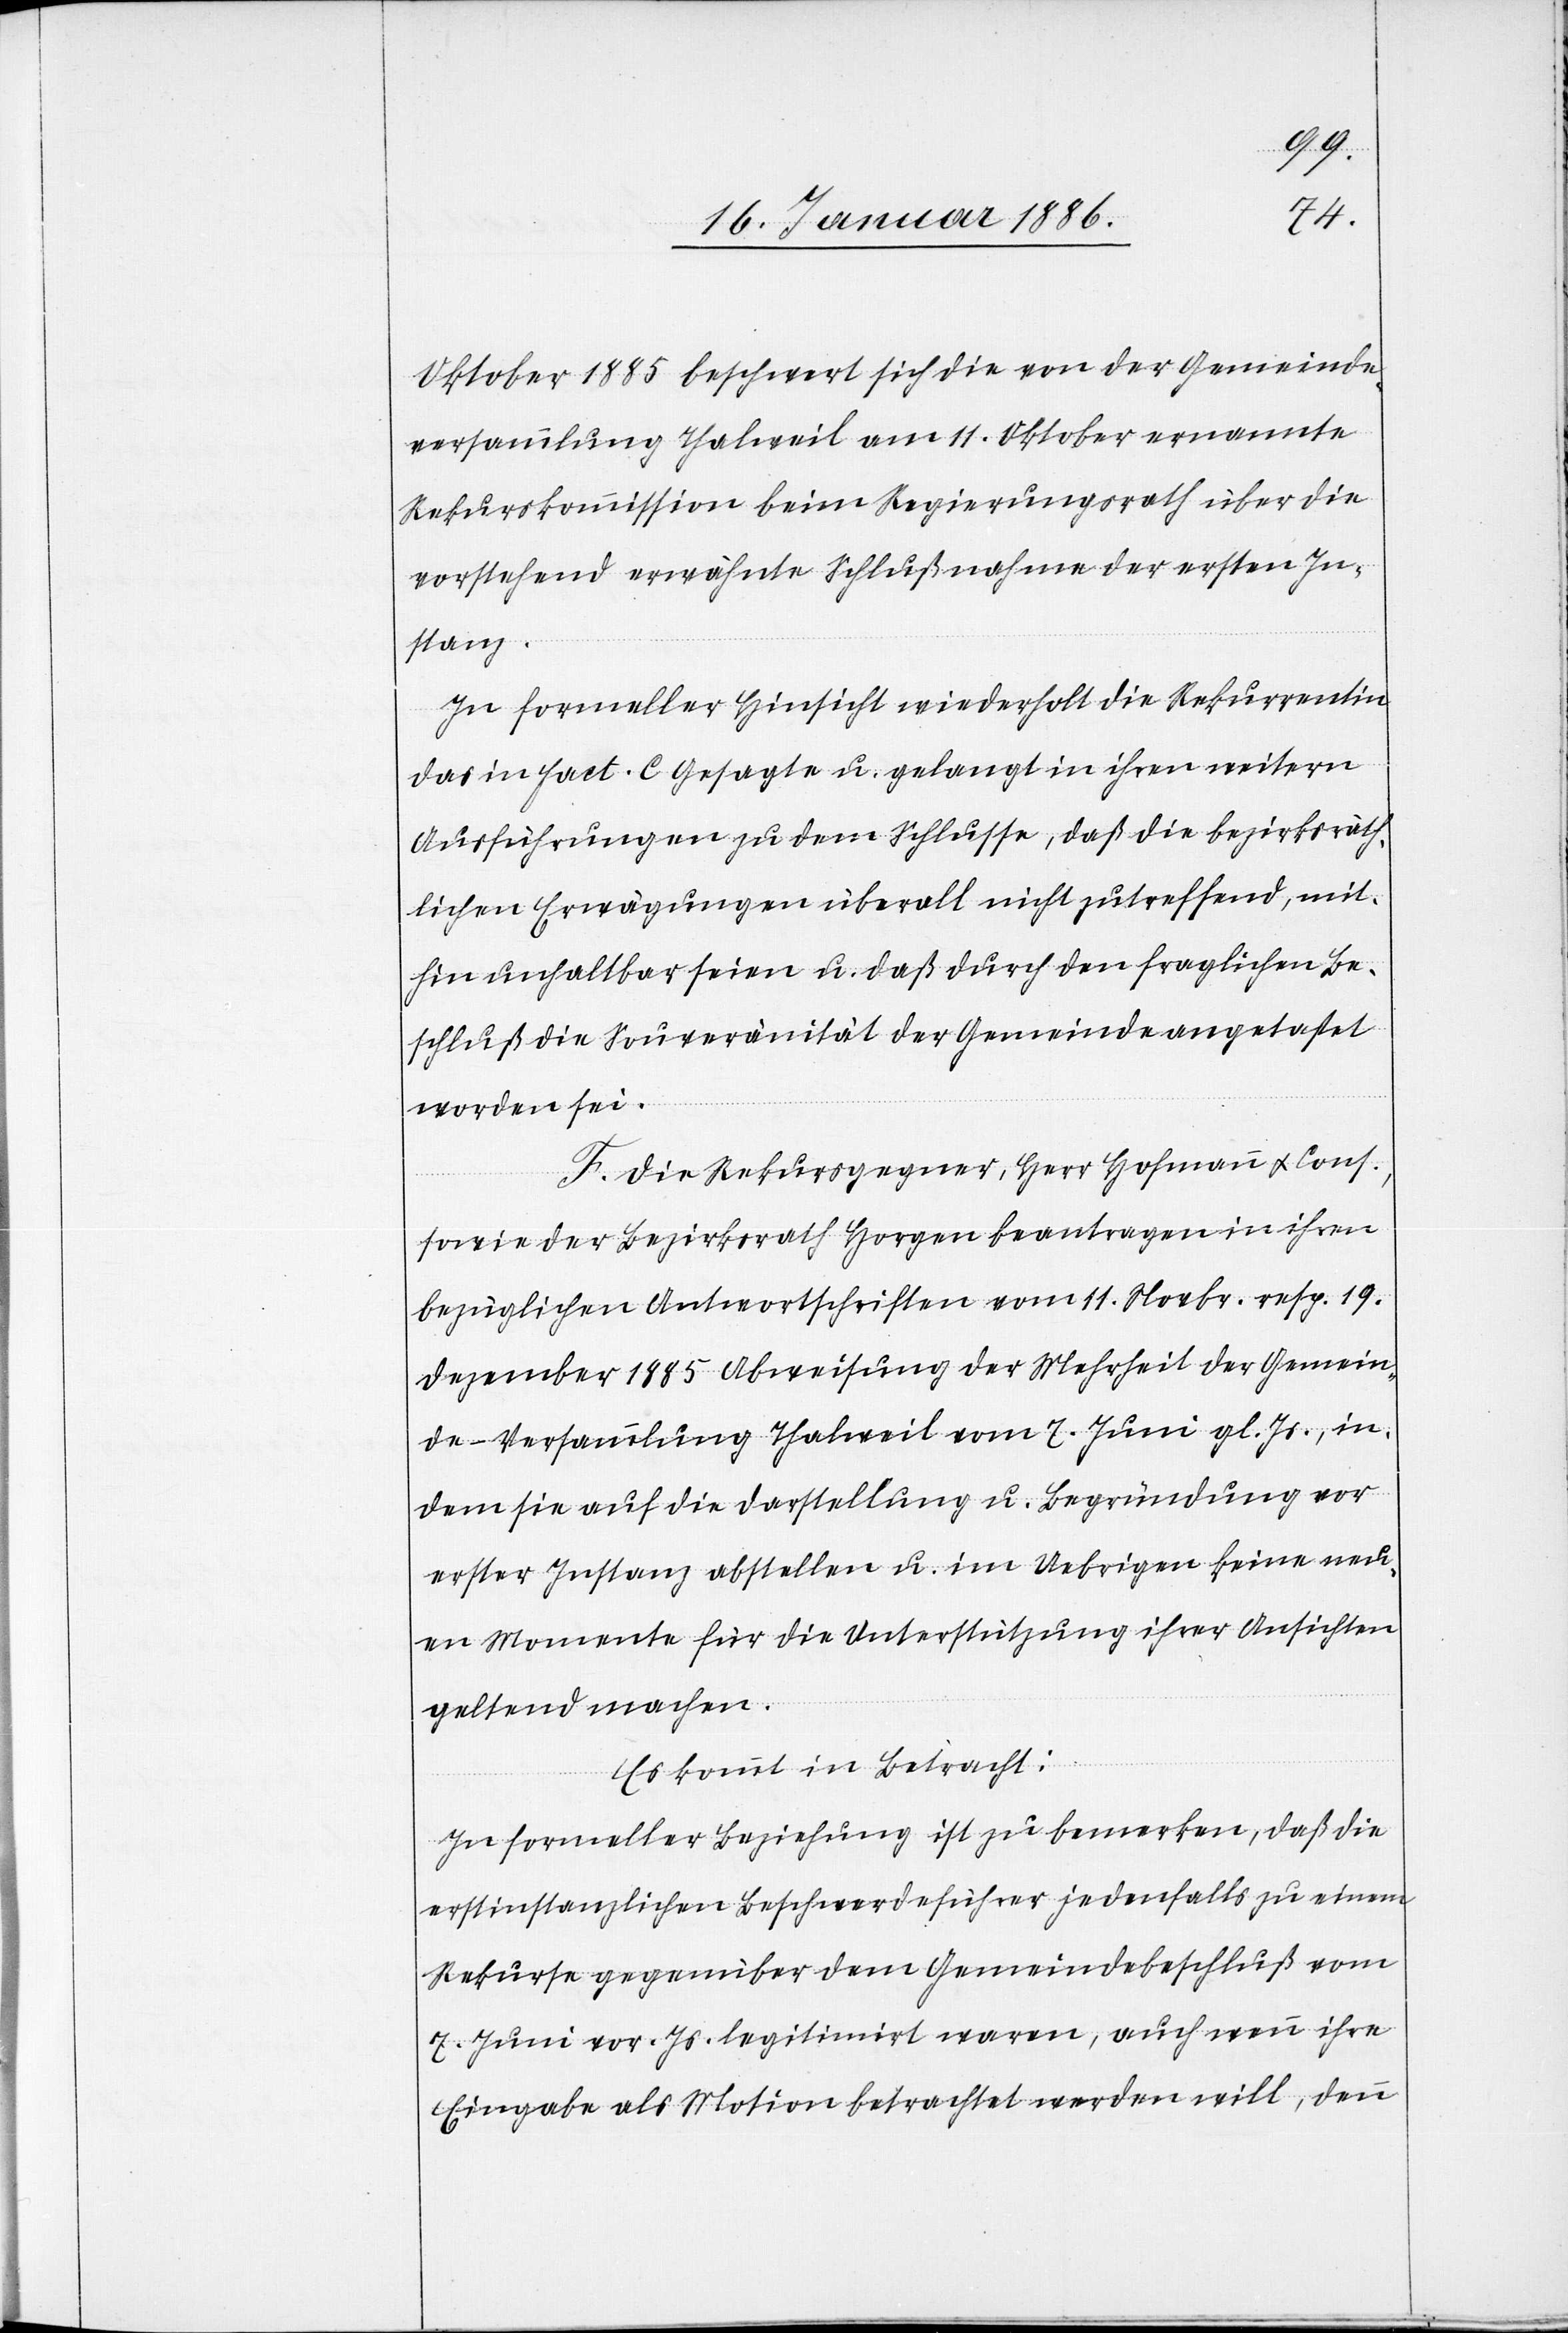
Oktober 1885 beschwert sich die von der Gemeinde¬
versammlung Thalweil am 11. Oktober ernannte
Rekurskommission beim Regierungsrath über die
vorstehend erwähnte Schlußnahme der ersten In¬
stanz.
In formeller Hinsicht wiederholt die Rekurrentin
das in Fact. C Gesagte u. gelangt in ihren weitern
Ausführungen zu dem Schlusse, daß die bezirksräth¬
lichen Erwägungen überall nicht zutreffend, mit¬
hin unhaltbar seien u. daß durch den fraglichen Be¬
schluß die Souveränität der Gemeinde angetastet
worden sei.
F. Die Rekursgegner, Herr Hofmann & Cons.,
sowie der Bezirksrath Horgen beantragen in ihren
bezüglichen Antwortschriften vom 11. Novbr. resp. 19.
Dezember 1885 Abweisung der Mehrheit der Gemein¬
de-Versammlung Thalweil vom 7. Juni gl. Js., in¬
dem sie auf die Darstellung u. Begründung vor
erster Instanz abstellen u. im Uebrigen keine neu¬
en Momente für die Unterstützung ihrer Ansichten
geltend machen.
Es kommt in Betracht:
In Formeller Beziehung ist zu bemerken, daß die
erstinstanzlichen Beschwerdeführer jedenfalls zu einem
Rekurse gegenüber dem Gemeindebeschluß vom
7. Juni vor. Js. legitimirt waren, auch wenn ihre
Eingabe als Motion betrachtet werden will, denn